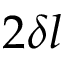
2 \delta l